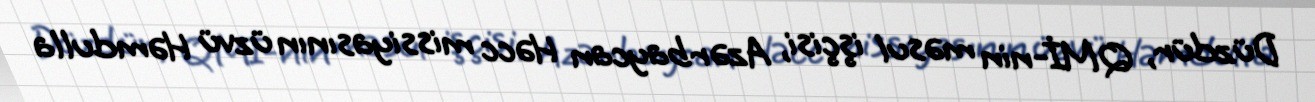
Düzdür, QMİ-nin məsul işçisi, Azərbaycan Həcc missiyasının üzvü Həmdulla